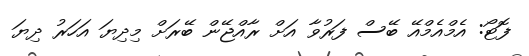
ފޮޓޯ: އެމްއެމްއޭ ބޭސް ފަރުވާ އަށް ރާއްޖޭން ބޭރަށް މިދިޔަ އަހަރު ދިޔަ